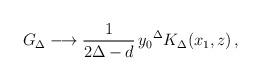
LaTeX: \begin{align*}G_{\Delta} \longrightarrow \frac{1}{2 \Delta -d} \, {y_0}^\Delta K_\Delta(x_1,z) \, , \end{align*}